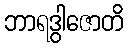
ဘာရဒွါဇောတိ